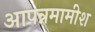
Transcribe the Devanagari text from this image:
आपन्नमामीश